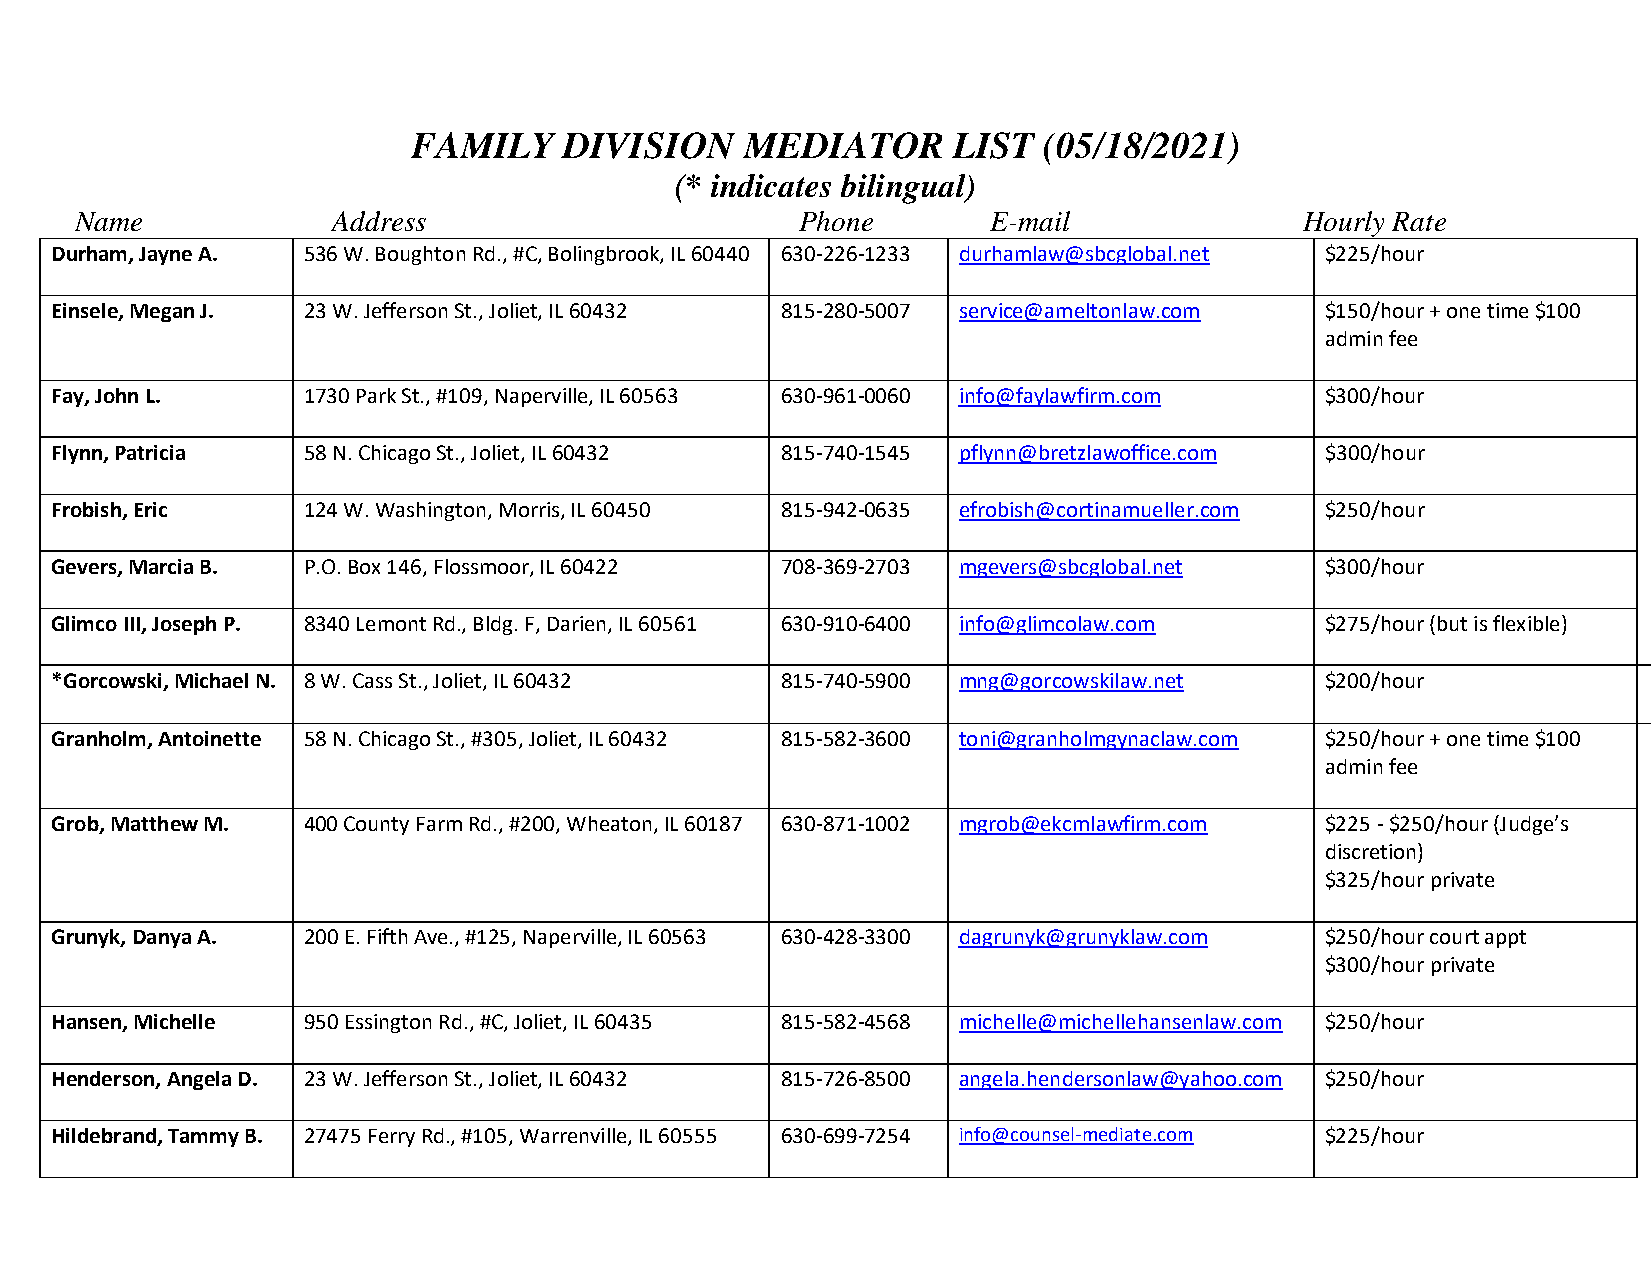
FAMILY    DIVISION    MEDIATOR      LIST  (05/18/2021)
 (* indicates bilingual)
 Name             Address                        Phone        E-mail              Hourly Rate
 Durham, Jayne A. 536 W. Boughton Rd., #C, Bolingbrook, IL 60440 630-226-1233 durhamlaw@sbcglobal.net $225/hour
 Einsele, Megan J. 23 W. Jefferson St., Joliet, IL 60432 815-280-5007 service@ameltonlaw.com $150/hour + one time $100
 admin fee
 Fay, John L.     1730 Park St., #109, Naperville, IL 60563 630-961-0060 info@faylawfirm.com $300/hour
 Flynn, Patricia  58 N. Chicago St., Joliet, IL 60432 815-740-1545 pflynn@bretzlawoffice.com $300/hour
 Frobish, Eric    124 W. Washington, Morris, IL 60450 815-942-0635 efrobish@cortinamueller.com $250/hour
 Gevers, Marcia B. P.O. Box 146, Flossmoor, IL 60422 708-369-2703 mgevers@sbcglobal.net $300/hour
 Glimco III, Joseph P. 8340 Lemont Rd., Bldg. F, Darien, IL 60561 630-910-6400 info@glimcolaw.com $275/hour (but is flexible)
 *Gorcowski, Michael N. 8 W. Cass St., Joliet, IL 60432 815-740-5900 mng@gorcowskilaw.net $200/hour
 Granholm, Antoinette 58 N. Chicago St., #305, Joliet, IL 60432 815-582-3600 toni@granholmgynaclaw.com $250/hour + one time $100
 admin fee
 Grob, Matthew M. 400 County Farm Rd., #200, Wheaton, IL 60187 630-871-1002 mgrob@ekcmlawfirm.com $225 - $250/hour (Judge’s
 discretion)
 $325/hour private
 Grunyk, Danya A. 200 E. Fifth Ave., #125, Naperville, IL 60563 630-428-3300 dagrunyk@grunyklaw.com $250/hour court appt
 $300/hour private
 Hansen, Michelle 950 Essington Rd., #C, Joliet, IL 60435 815-582-4568 michelle@michellehansenlaw.com $250/hour
 Henderson, Angela D. 23 W. Jefferson St., Joliet, IL 60432 815-726-8500 angela.hendersonlaw@yahoo.com $250/hour
 Hildebrand, Tammy B. 27475 Ferry Rd., #105, Warrenville, IL 60555 630-699-7254 info@counsel-mediate.com $225/hour